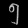
Digit: ၅